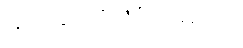
မုတ်ဆိတ်ပဲရိတ်မှာပါ။